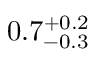
0 . 7 _ { - 0 . 3 } ^ { + 0 . 2 }